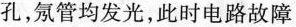
孔，氖管均发光，此时电路故障